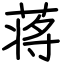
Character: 蒋